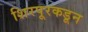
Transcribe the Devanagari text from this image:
शिरपूरकडून